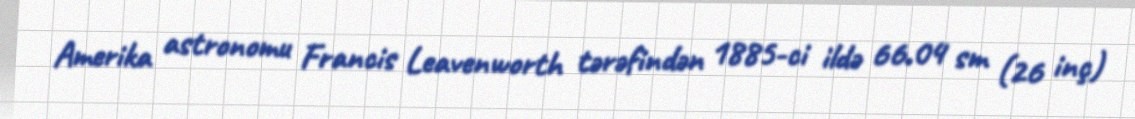
Amerika astronomu Francis Leavenworth tərəfindən 1885-ci ildə 66.04 sm (26 inç)